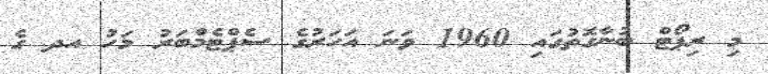
މި ރިޕޯޓް ބުނާގޮތުގައި 1960 ވަނަ އަހަރުގެ ސެޕްޓެމްބަރު މަހު އދ ގެ